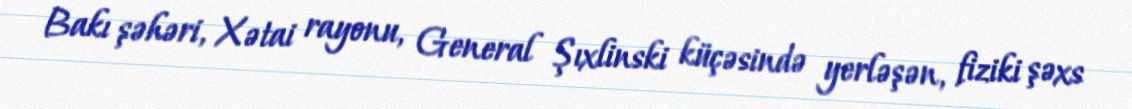
Bakı şəhəri, Xətai rayonu, General Şıxlinski küçəsində yerləşən, fiziki şəxs